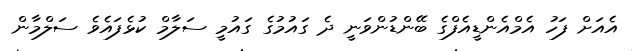
އެއަށް ފަހު އެމްއެންޑީއެފްގެ ބޭންޑުންވަނީ ދެ ގައުމުގެ ގައުމީ ސަލާމް ކުޅެފައެވެ ސަލްމާން